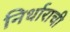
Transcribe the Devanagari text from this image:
निर्धाराची